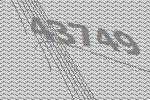
43749